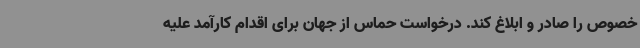
خصوص را صادر و ابلاغ کند. درخواست حماس از جهان برای اقدام کارآمد علیه